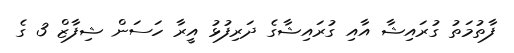
ފާތުމަތު ގުރައިޝާ އާއި ގުރައިޝާގެ ދަރިފުޅު އީރާ ހަސަން ޝިފާޒް 3 ގެ